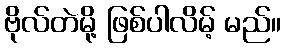
ဗိုလ်တဲမို့ ဖြစ်ပါလိမ့် မည်။